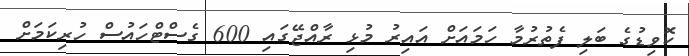
ކޮވިޑުގެ ބަލި ފެތުރުމާ ހަމައަށް އައިރު މުޅި ރާއްޖޭގައި 600 ގެސްޓްހައުސް ހުރިކަމަށް